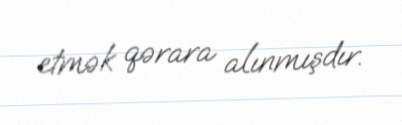
etmək qərara alınmışdır.